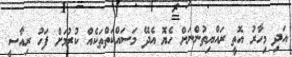
އަދި މިހާރު އޮތީ ރައްޔިތުންނަށް ހެޔޮ އެދޭ މަސައްކަތްތަކެއް ކުރުމަށް ފަހު ރިއާސީ